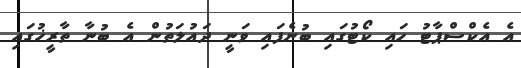
އެ އެކްސްޕާޓު ހައި ކޯޓުގައި ބުނެފައި ވަނީ ދައުލަތުން އެ ބުނާ ތާރީޚުގައި